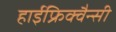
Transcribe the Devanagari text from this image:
हाईफ्रिक्वैन्सी